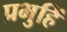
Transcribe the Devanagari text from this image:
प्रभुहिं